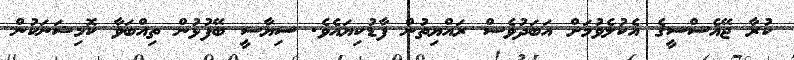
ކުރާ ޖޭއެސްސީގެ އެކުލެވުމަށް އަބަދުވެސް ރައްޔިތުން ފާޑުކިޔައެވެ. ސިޔާސީ ބޭފުޅުން ތިއްބަވާ ކޮމިޝަނަކުން